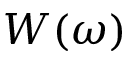
W ( \omega )